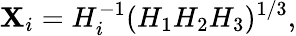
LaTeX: \mathbf{X}_{i}=H_{i}^{-1}(H_{1}H_{2}H_{3})^{1/3},